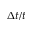
\Delta t / t